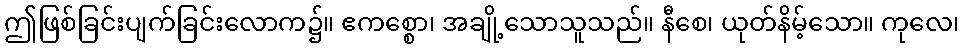
ဤဖြစ်ခြင်းပျက်ခြင်းလောက၌။ ဧကစ္စော၊ အချို့သောသူသည်။ နီစေ၊ ယုတ်နိမ့်သော။ ကုလေ၊